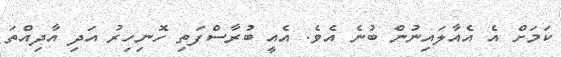
ކަމަށް އެ އެއާލައިނުން ބުނެ އެވެ. އެއީ ބުރާސްފަތި ހޮނިހިރު އަދި އާދިއްތަ